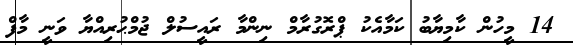
14 މީހުން ކާމިޔާބު ކަމާއެކު ޕްރޮގުރާމް ނިންމާ ރައީސުލް ޖުމްޙުރިއްޔާ ވަނީ މާފް